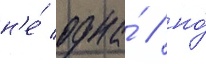
н'е́ одна́ / но́